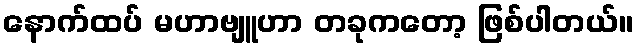
နောက်ထပ် မဟာဗျူဟာ တခုကတော့ ဖြစ်ပါတယ်။